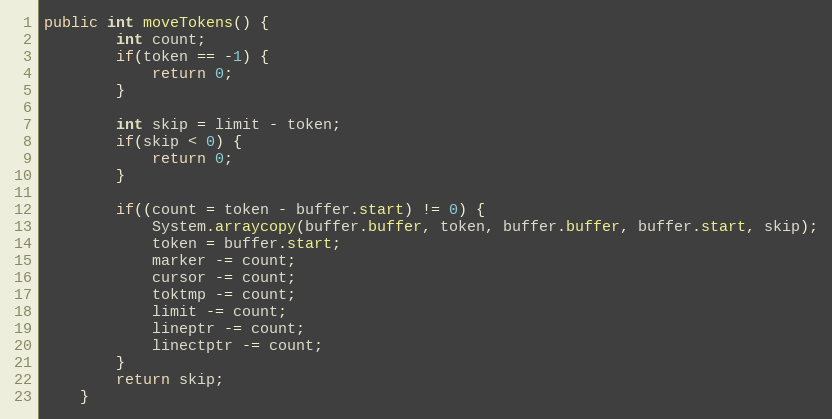
Language: Java
public int moveTokens() {
        int count;
        if(token == -1) {
            return 0;
        }

        int skip = limit - token;
        if(skip < 0) {
            return 0;
        }

        if((count = token - buffer.start) != 0) {
            System.arraycopy(buffer.buffer, token, buffer.buffer, buffer.start, skip);
            token = buffer.start;
            marker -= count;
            cursor -= count;
            toktmp -= count;
            limit -= count;
            lineptr -= count;
            linectptr -= count;
        }
        return skip;
    }